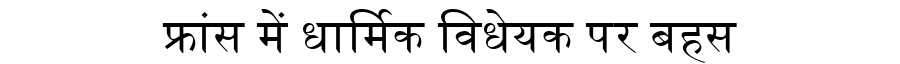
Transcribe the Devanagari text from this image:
फ्रांस में धार्मिक विधेयक पर बहस